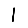
Digit: 1